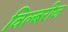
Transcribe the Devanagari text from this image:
विल्बरीज